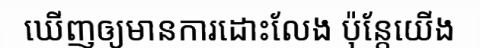
ឃើញឲ្យមានការដោះលែង ប៉ុន្តែយើង